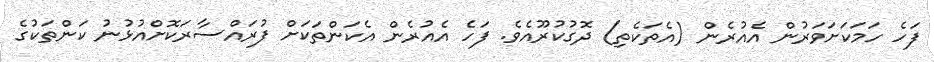
ފަހެ ހަމަކަށަވަރުން އެއުރެން (އެތަކެތި) ދޮގުކުރޫއެވެ. ފަހެ އެއުރެން އެކަންތަކަށް ފުރައްސާރަކޮށްއުޅުނު ކަންތަކުގެ